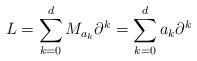
LaTeX: \begin{align*}L=\sum_{k=0}^{d}M_{a_{k}}\partial^{k}=\sum_{k=0}^{d}a_{k}\partial^{k}\end{align*}